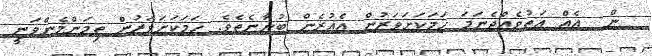
ން  އެއް އަތުވެއްޖެނަމަ ހަމަކަށަވަރުން އެއުރެން ބުނާނެތެވެ. ހަމަކަށަވަރުން ތިމަންމެންވަނީ